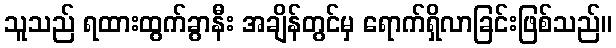
သူသည် ရထားထွက်ခွာနီး အချိန်တွင်မှ ရောက်ရှိလာခြင်းဖြစ်သည်။